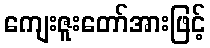
ကျေးဇူးတော်အားဖြင့်